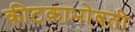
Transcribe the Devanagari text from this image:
कीटकाभोवती